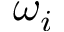
\omega _ { i }